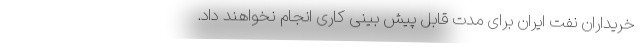
خریداران نفت ایران برای مدت قابل پیش بینی کاری انجام نخواهند داد.